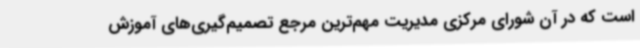
است که در آن شورای مرکزی مدیریت مهم‌ترین مرجع تصمیم‌گیری‌های آموزش